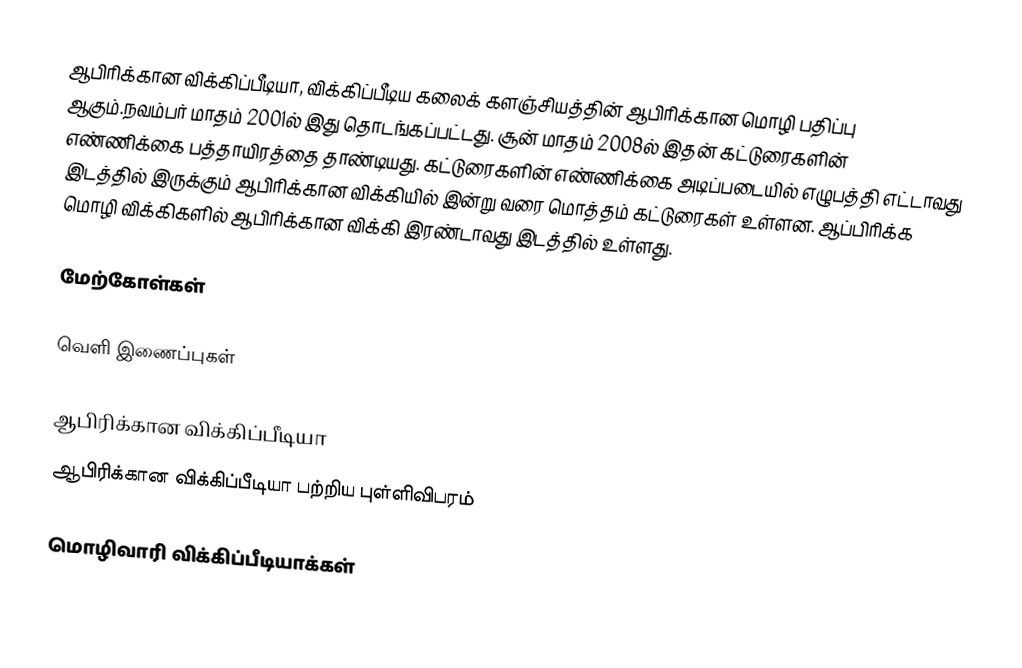
ஆபிரிக்கான விக்கிப்பீடியா, விக்கிப்பீடிய கலைக் களஞ்சியத்தின் ஆபிரிக்கான மொழி பதிப்பு ஆகும்.நவம்பர் மாதம் 2001ல் இது தொடங்கப்பட்டது. சூன் மாதம் 2008ல் இதன் கட்டுரைகளின் எண்ணிக்கை பத்தாயிரத்தை தாண்டியது. கட்டுரைகளின் எண்ணிக்கை அடிப்படையில் எழுபத்தி எட்டாவது இடத்தில் இருக்கும் ஆபிரிக்கான விக்கியில் இன்று வரை மொத்தம் கட்டுரைகள் உள்ளன. ஆப்பிரிக்க மொழி விக்கிகளில் ஆபிரிக்கான விக்கி இரண்டாவது இடத்தில் உள்ளது.

மேற்கோள்கள்

வெளி இணைப்புகள்

 ஆபிரிக்கான விக்கிப்பீடியா
 ஆபிரிக்கான விக்கிப்பீடியா பற்றிய புள்ளிவிபரம்

மொழிவாரி விக்கிப்பீடியாக்கள்